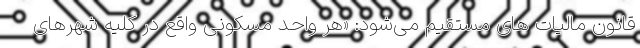
قانون مالیات های مستقیم می‌‌شود: «هر واحد مسکونی واقع در کلیه شهرهای